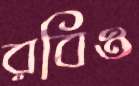
রবিও